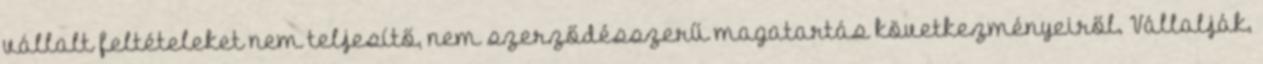
vállalt feltételeket nem teljesítő, nem szerződésszerű magatartás következményeiről. Vállalják,